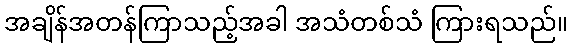
အချိန်အတန်ကြာသည့်အခါ အသံတစ်သံ ကြားရသည်။